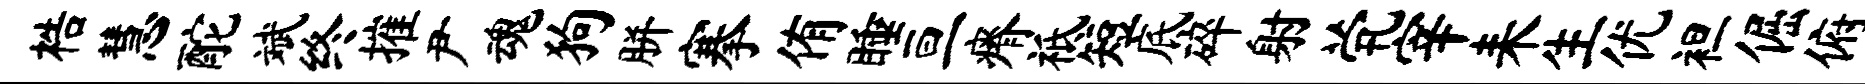
梏慧酡斌终摧尹魂狗胼搴侑睡亘瘠祗短底碎射茕宰耒生优袒倔俯